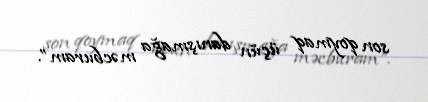
son qoymaq üçün danışmağa məcburam”.